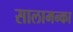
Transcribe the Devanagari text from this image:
सालामन्का